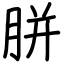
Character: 胼